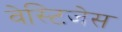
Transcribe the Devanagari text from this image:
वेस्टिजेस